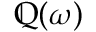
\mathbb { Q } ( \omega )